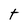
Character: t